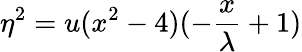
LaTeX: \eta^{2}=u(x^{2}-4)(-\frac{x}{\lambda}+1)